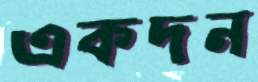
একদন